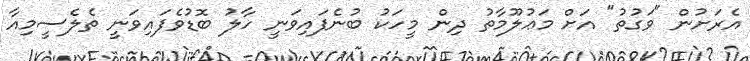
އެރަށުން "ވަގުތު" އަށް މަޢުލޫމާތު ދިން މީހަކު ބުނެފައިވަނީ ހާލު ބޮޑުވެފައިވަނީ ތެލެސީމިއާ